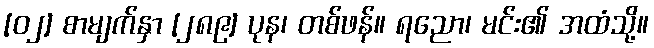
[၀၂] စာမျက်နှာ [၂၈၉] ပုန၊ တစ်ဖန်။ ရညော၊ မင်း၏ အထံသို့။